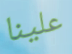
علينا